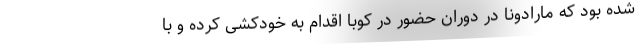
شده بود که مارادونا در دوران حضور در کوبا اقدام به خودکشی کرده و با